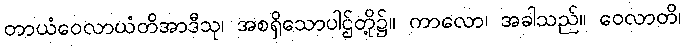
တာယံဝေလာယံတိအာဒီသု၊ အစရှိသောပါဌ်တို့၌။ ကာလော၊ အခါသည်။ ဝေလာတိ၊